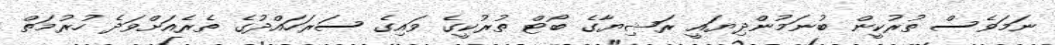
ނަމަވެސް ތުރުކީން ބުނަމުންދިޔައީ ރަޝިޔާގެ ބޯޓް ތުރުކީގެ ވައިގެ ސަރަހައްދުގެ ތެރެއަށްވަދެ ހުރުމަތް